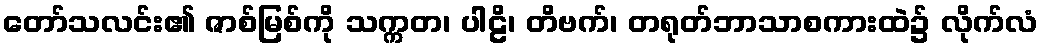
တော်သလင်း၏ ဇာစ်မြစ်ကို သက္ကတ၊ ပါဠိ၊ တိဗက်၊ တရုတ်ဘာသာစကားထဲ၌ လိုက်လံ